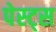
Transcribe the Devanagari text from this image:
पेस्ट्स